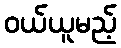
ဝယ်ယူမည့်